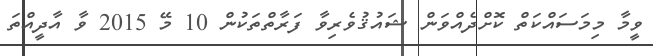
ވީމާ މިމަސައްކަތް ކޮށްދެއްވަން ޝައުޤުވެރިވާ ފަރާތްތަކުން 10 މޭ 2015 ވާ އާދީއްތަ